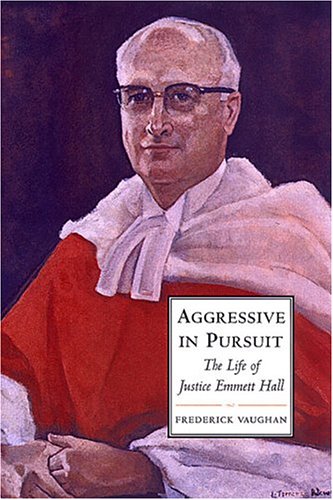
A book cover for Aggressive in Pursuit: The Life of Justice Emmett Hall (Osgoode Society for Canadian Legal History); Frederick Vaughan; Biographies & Memoirs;